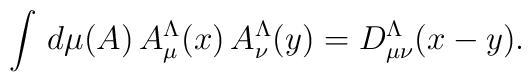
\int \, d\mu(A) \, A^{\Lambda}_{\mu}(x) \, A^{\Lambda}_{\nu}(y) = 	D^{\Lambda}_{\mu\nu}(x - y).